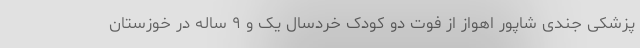
پزشکی جندی شاپور اهواز از فوت دو کودک خردسال یک و ۹ ساله در خوزستان